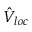
\hat { V } _ { l o c }